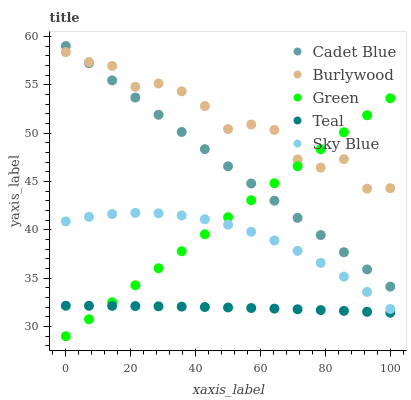
| xaxis_label | Cadet Blue | Burlywood | Green | Teal | Sky Blue |
 | --- | --- | --- | --- | --- | --- |
 | 0 | 59 | 58.4 | 29 | 32.2 | 40.9 |
 | 7.14 | 57.2 | 57.3 | 30.8 | 32.1 | 41.3 |
 | 14.3 | 55.4 | 56.9 | 32.5 | 32.1 | 41.6 |
 | 21.4 | 53.7 | 54.8 | 34.3 | 32.1 | 41.8 |
 | 28.6 | 51.9 | 55.1 | 36 | 32.1 | 41.7 |
 | 35.7 | 50.1 | 54.3 | 37.8 | 32.1 | 41.5 |
 | 42.9 | 48.3 | 52.8 | 39.5 | 32 | 41.1 |
 | 50 | 46.6 | 50.4 | 41.3 | 32 | 40.5 |
 | 57.1 | 44.8 | 50.9 | 43.1 | 31.9 | 39.8 |
 | 64.3 | 43 | 50.3 | 44.8 | 31.9 | 38.9 |
 | 71.4 | 41.2 | 47.3 | 46.6 | 31.8 | 37.8 |
 | 78.6 | 39.5 | 46.4 | 48.3 | 31.7 | 36.6 |
 | 85.7 | 37.7 | 47.3 | 50.1 | 31.6 | 35.2 |
 | 92.9 | 35.9 | 44.3 | 51.8 | 31.5 | 33.6 |
 | 100 | 34.1 | 44.3 | 53.6 | 31.4 | 31.8 |